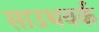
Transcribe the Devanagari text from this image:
साउथवर्क